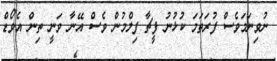
ނުވިނަމަވެސް ފުރަތަމަ ކުޅުނު ފީޗާ ފިލްމުން ވެސް އޭނާ ވަނީ ތިން އެވޯޑް